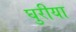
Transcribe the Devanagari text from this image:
घुरीया